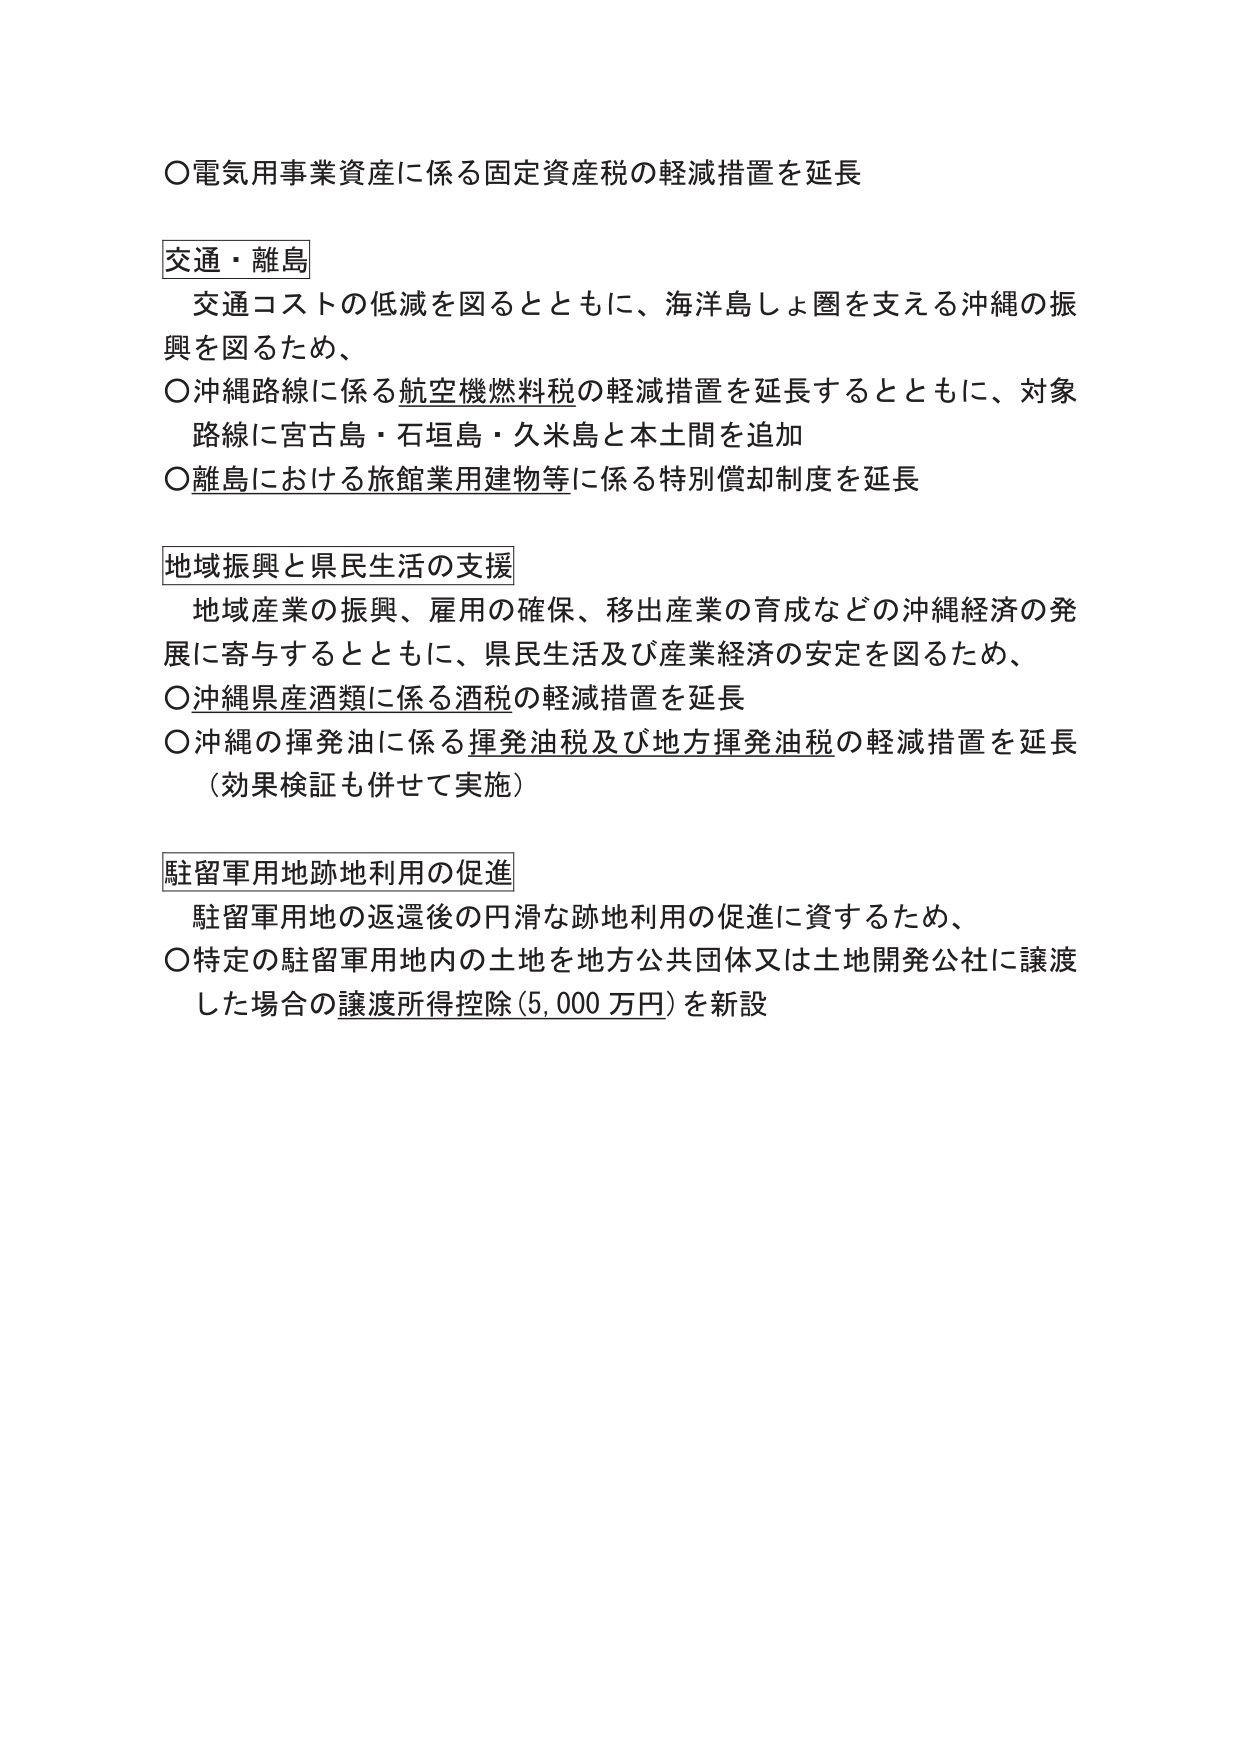
○電気用事業資産に係る固定資産税の軽減措置を延長

交通・離島
　交通コストの低減を図るとともに、海洋島しょ圏を支える沖縄の振興を図るため、
○沖縄路線に係る航空機燃料税の軽減措置を延長するとともに、対象路線に宮古島・石垣島・久米島と本土間を追加
○離島における旅館業用建物等に係る特別償却制度を延長

地域振興と県民生活の支援
　地域産業の振興、雇用の確保、移出産業の育成などの沖縄経済の発展に寄与するとともに、県民生活及び産業経済の安定を図るため、
○沖縄県産酒類に係る酒税の軽減措置を延長
○沖縄の揮発油に係る揮発油税及び地方揮発油税の軽減措置を延長
　（効果検証も併せて実施）

駐留軍用地跡地利用の促進
　駐留軍用地の返還後の円滑な跡地利用の促進に資するため、
○特定の駐留軍用地内の土地を地方公共団体又は土地開発公社に譲渡した場合の譲渡所得控除（5,000万円）を新設